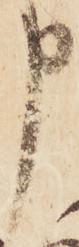
申